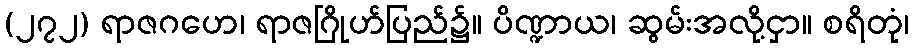
(၂၇၂) ရာဇဂဟေ၊ ရာဇဂြိုဟ်ပြည်၌။ ပိဏ္ဍာယ၊ ဆွမ်းအလို့ငှာ။ စရိတုံ၊